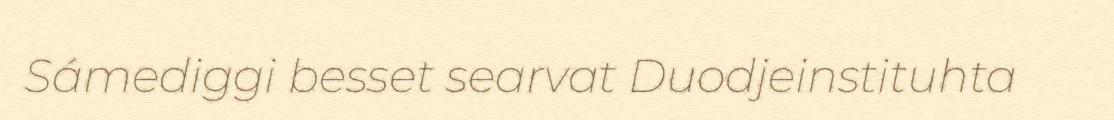
Sámediggi besset searvat Duodjeinstituhta